Indian Medical Review
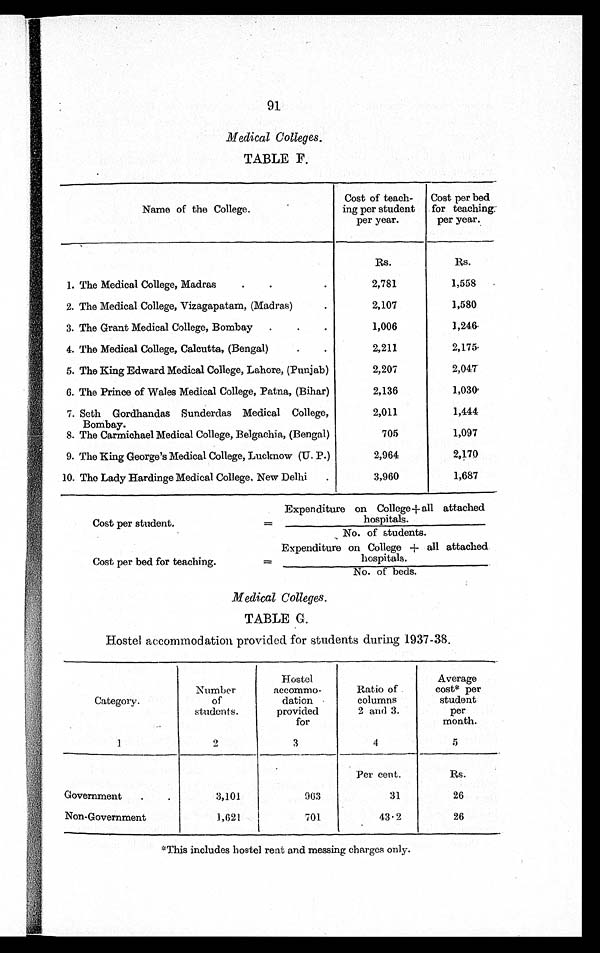
91
Medical Colleges.
TABLE F.
Name of the College.
Cost of teach-
ing per student
per year.
Cost per bed
for teaching:
per year.
Rs.
Rs.
1. The Medical College, Madras
.
.
2,781
1,558
2. The Medical College, Vizagapatam, (Madras)
2,107
1,580
3. The Grant Medical College, Bombay .
.
.
1,006
1,246.
4. The Medical College, Calcutta, (Bengal).
.
2,211
2,175
5. The King Edward Medical College, Lahore, (Punjab)
2,207
2,047
6. The Prince of Wales Medical College, Patna, (Bihar)
2,136
1,030
7. Seth Gordhandas Sunderdas Medical College,
Bombay.
2,011
1,444
8. The Carmichael Medical College, Belgachia, (Bengal)
705
1,097
9. The King George's Medical College, Lucknow (U. P.)
2,964
2,170
10. The Lady Hardinge Medical College, New Delhi.
3,960
1,687
Expenditure on College + all attached
Cost per student.
=
hospitals.
No. of students.
Expenditure on College + all attached
Cost per bed for teaching.
=
hospitals.
No. of beds.
Medical Colleges.
TABLE G.
Hostel accommodation provided for students during 1937-38.
Category.
Number
of
students.
Hostel
accommo-
dation
provided
for
Ratio of
columns
2 and 3.
Average
cost* per
student
per
month.
1
2
3
4
5
Per cent.
Rs.
Government
.
.
3,101
963
31
26
Non-Government
1,621
701.
43.2
26
*This includes hostel rent and messing charges only.